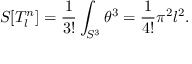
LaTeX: S [ T _ { l } ^ { n } ] = \frac 1 { 3 ! } \int _ { S ^ { 3 } } \theta ^ { 3 } = \frac 1 { 4 ! } \pi ^ { 2 } l ^ { 2 } .